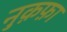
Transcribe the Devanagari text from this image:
नु़क़फ़ा